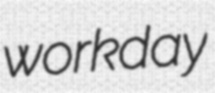
workday